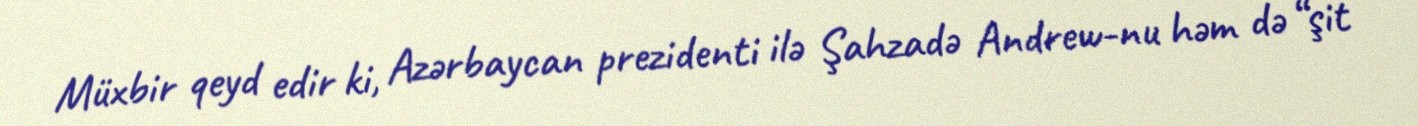
Müxbir qeyd edir ki, Azərbaycan prezidenti ilə Şahzadə Andrew-nu həm də “şit